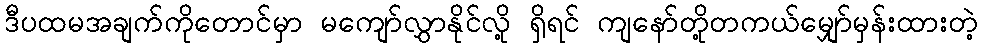
ဒီပထမအချက်ကိုတောင်မှာ မကျော်လွှာနိုင်လို့ ရှိရင် ကျနော်တို့တကယ်မျှော်မှန်းထားတဲ့